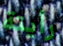
رأيتة